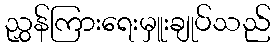
ညွှန်ကြားရေးမှူးချုပ်သည်